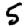
Digit: 5